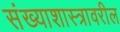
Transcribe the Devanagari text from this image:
संख्याशास्त्रावरील